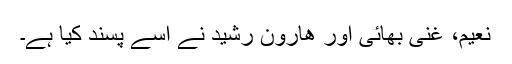
نعیم، غنی بھائی اور ھارون رشید نے اسے پسند کیا ہے۔